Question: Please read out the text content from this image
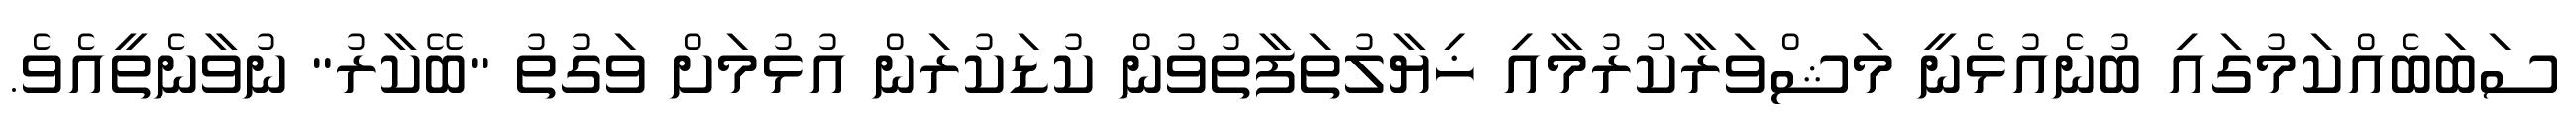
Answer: ސަބަބެއްކަމުގައި ބުނެއުޅެނީ މަޝްވަރާކުރުމާއި ޚިޔާލުތަފާތުވުން ކުޑަކުރަން އުޅުމަށް ވަގުތު "ބޭކާރު" ނުވާނެތީއެވެ.